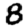
Digit: 8